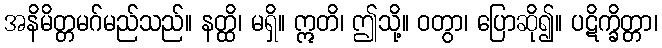
အနိမိတ္တမဂ်မည်သည်။ နတ္ထိ၊ မရှိ။ ဣတိ၊ ဤသို့။ ဝတွာ၊ ပြောဆို၍။ ပဋိက္ခိတ္တာ၊